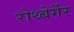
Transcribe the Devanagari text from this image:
रोथ्बेर्गेर